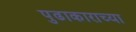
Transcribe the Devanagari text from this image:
पुढाकाराच्या